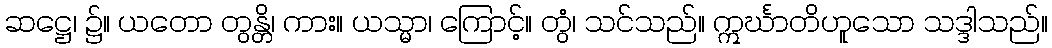
ဆဋ္ဌေ၊ ၌။ ယတော တွန္တိ၊ ကား။ ယသ္မာ၊ ကြောင့်။ တွံ၊ သင်သည်။ ဣင်္ဃာတိဟူသော သဒ္ဒါသည်။